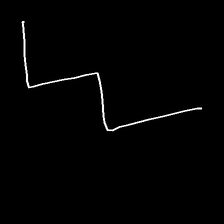
Glyph: crush